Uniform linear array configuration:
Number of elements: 32
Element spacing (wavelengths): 1
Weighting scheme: blackman
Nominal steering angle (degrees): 60
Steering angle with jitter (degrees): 59.917
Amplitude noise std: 0.05
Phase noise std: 0.05

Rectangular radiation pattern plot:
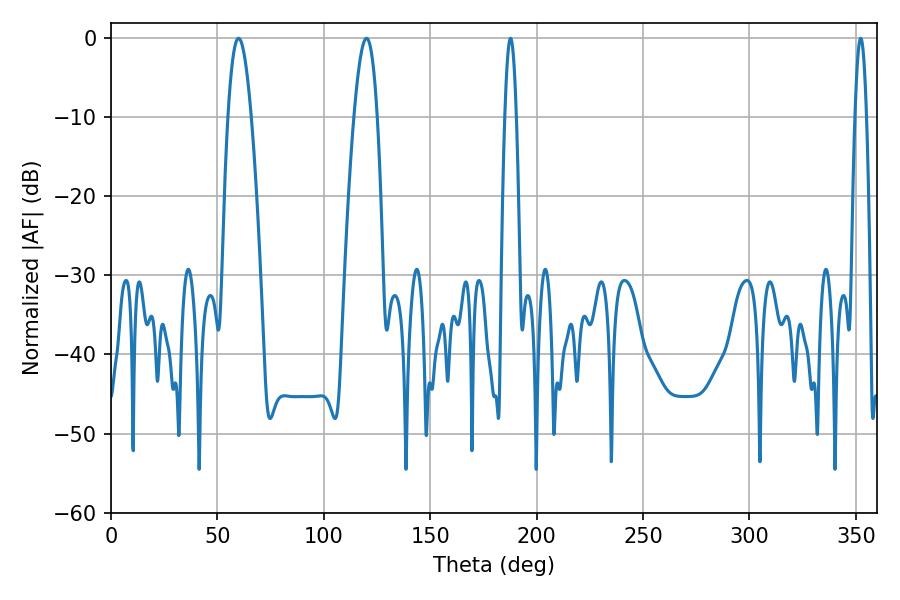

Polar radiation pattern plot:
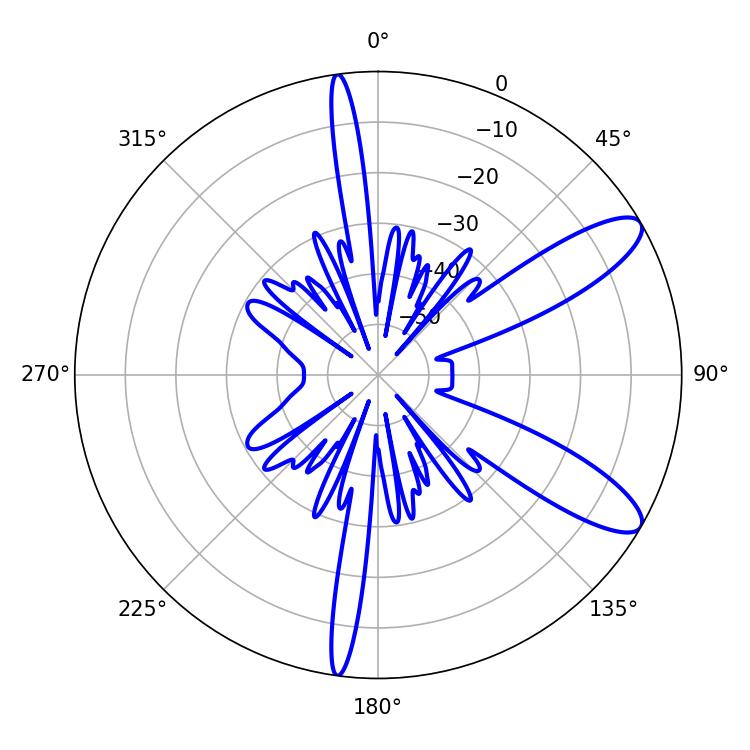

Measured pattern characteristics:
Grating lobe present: TRUE
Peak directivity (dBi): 10.444
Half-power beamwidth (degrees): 5.94
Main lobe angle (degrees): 59.94